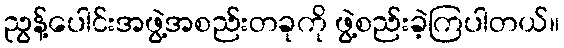
ညွန့်ပေါင်းအဖွဲ့အစည်းတခုကို ဖွဲ့စည်းခဲ့ကြပါတယ်။